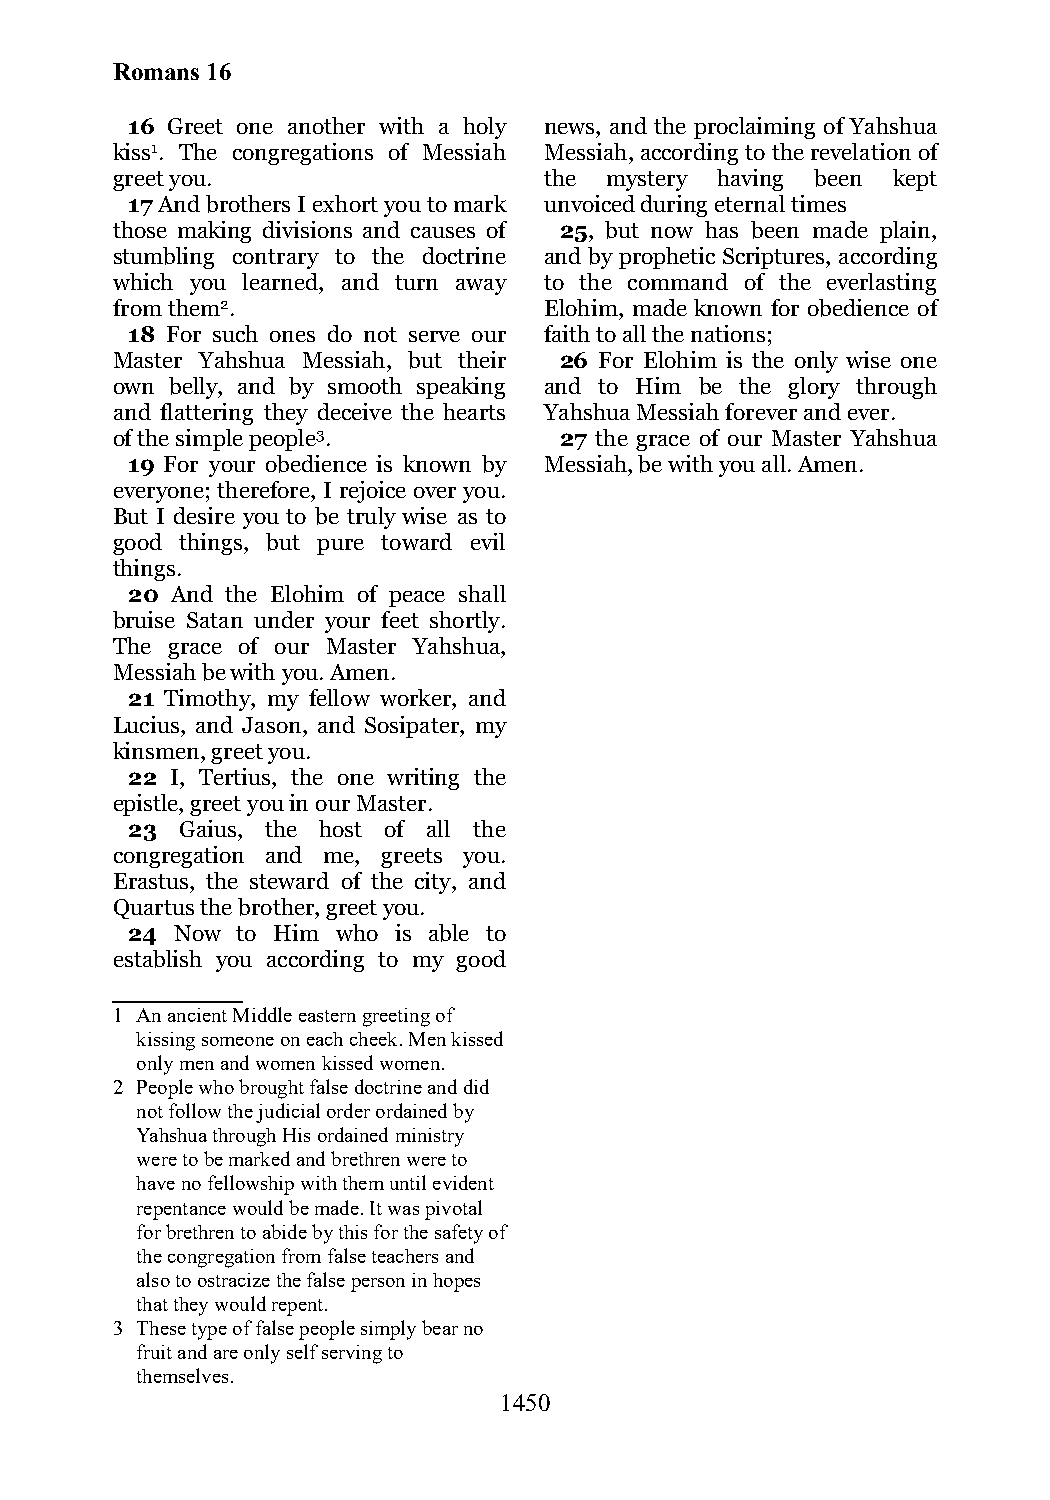
Romans 16
 16 Greet one another with a holy news, and the proclaiming of Yahshua
 kiss1. The congregations of Messiah Messiah, according to the revelation of
 greet you.                   the mystery having been kept
 17 And brothers I exhort you to mark unvoiced during eternal times
 those making divisions and causes of 25, but now has been made plain,
 stumbling contrary to the doctrine and by prophetic Scriptures, according
 which you learned, and turn away to the command of the everlasting
 from them2.                  Elohim, made known for obedience of
 18 For such ones do not serve our faith to all the nations;
 Master Yahshua Messiah, but their 26 For Elohim is the only wise one
 own belly, and by smooth speaking and to Him be the glory through
 and flattering they deceive the hearts Yahshua Messiah forever and ever.
 of the simple people3.        27 the grace of our Master Yahshua
 19 For your obedience is known by Messiah, be with you all. Amen.
 everyone; therefore, I rejoice over you.
 But I desire you to be truly wise as to
 good things, but pure toward evil
 things.
 20 And the Elohim of peace shall
 bruise Satan under your feet shortly.
 The grace of our Master Yahshua,
 Messiah be with you. Amen.
 21 Timothy, my fellow worker, and
 Lucius, and Jason, and Sosipater, my
 kinsmen, greet you.
 22 I, Tertius, the one writing the
 epistle, greet you in our Master.
 23  Gaius, the host of all the
 congregation and me, greets you.
 Erastus, the steward of the city, and
 Quartus the brother, greet you.
 24  Now to Him who is able to
 establish you according to my good
 1 An ancient Middle eastern greeting of
 kissing someone on each cheek. Men kissed
 only men and women kissed women.
 2 People who brought false doctrine and did
 not follow the judicial order ordained by
 Yahshua through His ordained ministry
 were to be marked and brethren were to
 have no fellowship with them until evident
 repentance would be made. It was pivotal
 for brethren to abide by this for the safety of
 the congregation from false teachers and
 also to ostracize the false person in hopes
 that they would repent.
 3 These type of false people simply bear no
 fruit and are only self serving to
 themselves.
 1450